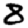
Digit: 8